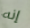
إنه